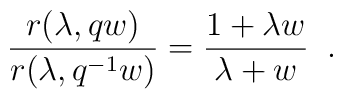
\frac{r(\lambda, qw)}{r(\lambda, q^{-1}w)} = \frac{1+ \lambda w}{ \lambda +w}  \;\;.